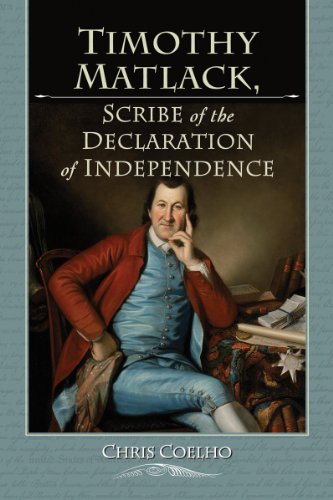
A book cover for Timothy Matlack, Scribe of the Declaration of Independence; Chris Coelho; Biographies & Memoirs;